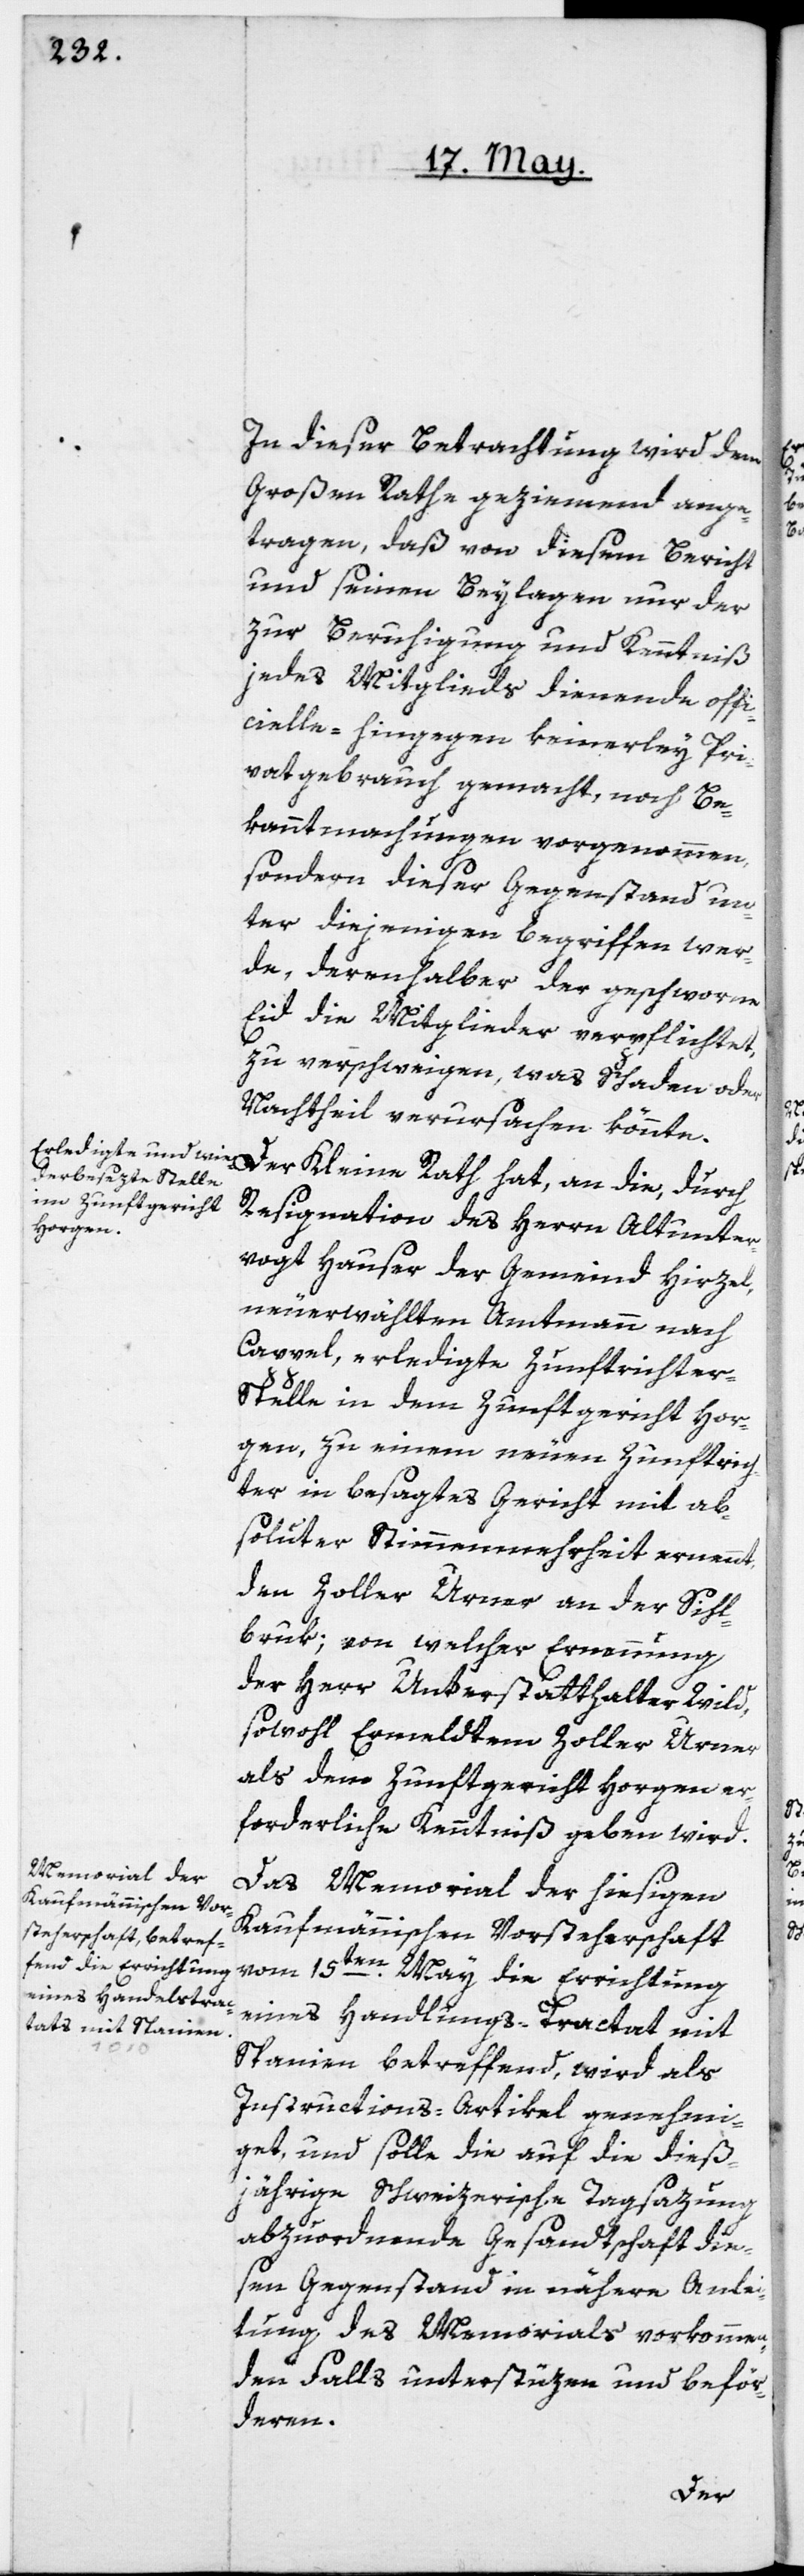
In dieser Betrachtung wird dem
Großen Rathe geziemend ange¬
tragen, daß von diesem Bericht
und seinen Beylagen nur der
zur Beruhigung und Kenntniß
jedes Mitglieds dienende offi¬
cielle, hingegen keinerley Pri¬
vatgebrauch gemacht, noch Be¬
kanntmachungen vorgenommen,
sondern dieser Gegenstand un¬
ter diejenigen Begriffen wer¬
de, derenhalber der geschworne
Eid die Mitglieder verpflichtet,
zu verschweigen, was Schaden oder
Nachtheil verursachen könnte.
Resignation des Herrn Altunter¬
vogt Hauser der Gemeind Hirzel,
neuerwählten Amtmann nach
Cappel, erledigte Zunftrichter-S¬
telle in dem Zunftgericht Hor¬
gen, zu einem neuen Zunftrich¬
ter in besagtes Gericht mit ab¬
soluter Stimmenmehrheit ernennt,
den Zoller Urner an der Sihl¬
bruk; von welcher Ernennung
der Herr Unterstatthalter Wild,
sowohl Ermeldtem Zoller Urner
als dem Zunftgericht Horgen er¬
forderliche Kenntniß geben wird.
Das Memorial der hiesigen
Kaufmännischen Vorsteherschaft
vom 15ten May die Errichtung
eines Handlungs-Tractat mit
Spanien betreffend, wird als
Instructions-Artikel genehmi¬
get, und solle die auf die dieß¬
jährige schweizerische Tagsazung
abzuordnende Gesandtschaft die¬
sen Gegenstand in nähere Anlei¬
tung des Memorials vorkommen¬
den Falls unterstüzen und beför¬
deren.
Der